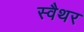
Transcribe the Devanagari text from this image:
स्वैथर